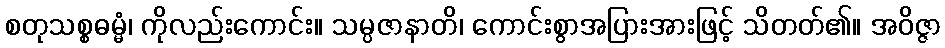
စတုသစ္စဓမ္မံ၊ ကိုလည်းကောင်း။ သမ္ပဇာနာတိ၊ ကောင်းစွာအပြားအားဖြင့် သိတတ်၏။ အဝိဇ္ဇာ